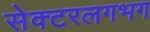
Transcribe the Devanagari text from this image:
सेक्टरलगभग